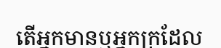
តើអ្នកមានឬអ្នកក្រដែល